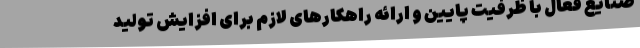
صنایع فعال با ظرفیت پایین و ارائه راهکار‌های لازم برای افزایش تولید